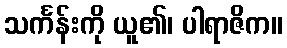
သင်္ကန်းကို ယူ၏၊ ပါရာဇိက။